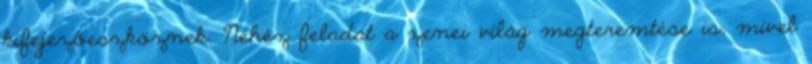
kifejezőeszköznek. Nehéz feladat a zenei világ megteremtése is, mivel